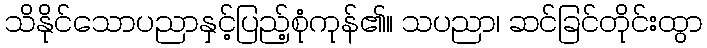
သိနိုင်သောပညာနှင့်ပြည့်စုံကုန်၏။ သပညာ၊ ဆင်ခြင်တိုင်းထွာ